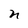
Character: n